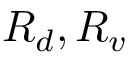
R _ { d } , R _ { v }